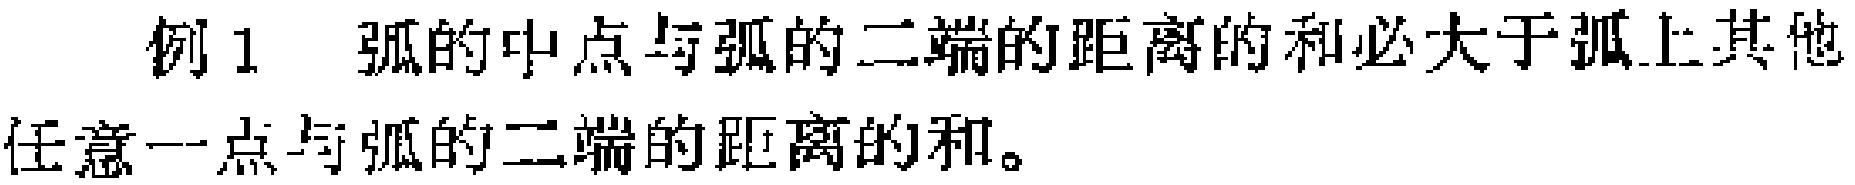
例1 弧的中点与弧的二端的距离的和必大于弧上其他任意一点与弧的二端的距离的和。